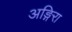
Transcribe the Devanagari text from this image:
अङ्गिरा